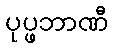
ပုပ္ဖဘာဏီ